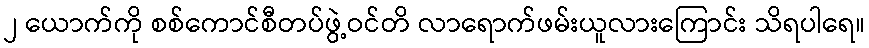
၂ ယောက်ကို စစ်ကောင်စီတပ်ဖွဲ့ဝင်တိ လာရောက်ဖမ်းယူလားကြောင်း သိရပါရေ။